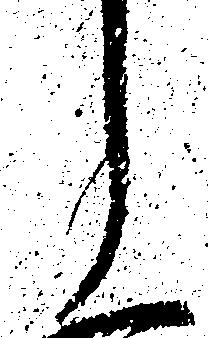
郎